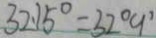
3 2 . 1 5 ^ { \circ } = 3 2 ^ { \circ } 9 ^ { \prime }